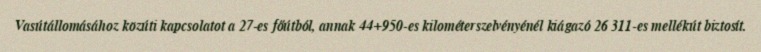
Vasútállomásához közúti kapcsolatot a 27-es főútból, annak 44+950-es kilométerszelvényénél kiágazó 26 311-es mellékút biztosít.